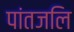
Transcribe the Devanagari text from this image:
पांतजलि